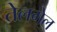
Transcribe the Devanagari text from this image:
तेलगेल